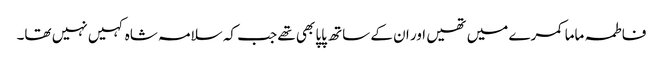
فاطمہ ماما کمرے میں تھیں اور ان کے ساتھ پاپا بھی تھے جب کہ سلامہ شاہ کہیں نہیں تھا۔